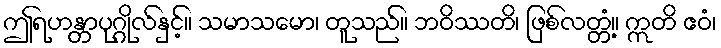
ဤရဟန္တာပုဂ္ဂိုလ်နှင့်။ သမာသမော၊ တူသည်။ ဘဝိဿတိ၊ ဖြစ်လတ္တံ့။ ဣတိ ဧဝံ၊